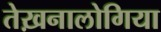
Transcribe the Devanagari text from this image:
तेख़नालोगिया